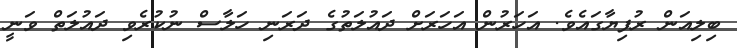
ބިލިއަން ރުފިޔާގައެވެ. އަހަރުން އަހަރަށް ދައުލަތުގެ ދަރަނި ހަލާސް ނުކުރެވި ދައުލަތް ވަނީ